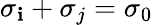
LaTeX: \sigma_{\mathbf{i}}+\sigma_{j}=\sigma_{0}